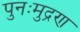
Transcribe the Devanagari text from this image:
पुनःमुद्रण